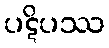
ပဋိပဿ